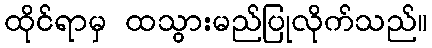
ထိုင်ရာမှ ထသွားမည်ပြုလိုက်သည်။